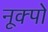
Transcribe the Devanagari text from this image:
नूक्पो